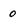
Character: 0